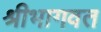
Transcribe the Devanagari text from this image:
श्रीभागवत